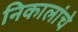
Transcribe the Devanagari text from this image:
निकालांचे